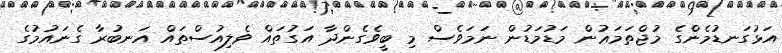
އަޅުގަނޑުމެންގެ މުޖްތަމަޢުން މަޑުމަޑުން ނަމަވެސް މި ބީވެގެންދާ އަގުތައް ވެލިއުސްތައް އަނބުރާ ގެނައުމުގެ